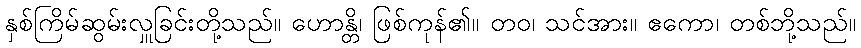
နှစ်ကြိမ်ဆွမ်းလှူခြင်းတို့သည်။ ဟောန္တိ၊ ဖြစ်ကုန်၏။ တဝ၊ သင်အား။ ဧကော၊ တစ်ဘို့သည်။